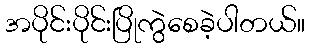
အပိုင်းပိုင်းပြိုကွဲစေခဲ့ပါတယ်။